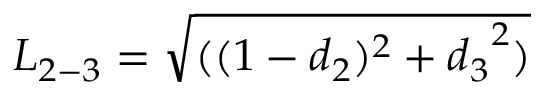
{ L _ { 2 - 3 } } = \sqrt { ( ( 1 - { d _ { 2 } } ) ^ { 2 } + { d _ { 3 } } ^ { 2 } ) }